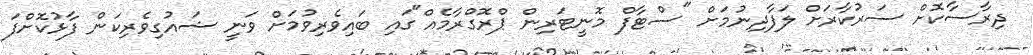
ދިރާސާކޮށް ސަރުކާރަށް ލަފާދިނުމަށް "ސްޓާފް މޮނީޓަރިން ޕްރޮގްރާމެއް"ގައި ބައިވެރިވުމަށް ވަނީ ޝައުގިވެރިކަން ފާޅުކޮށްފަ